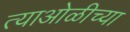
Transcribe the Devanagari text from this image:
त्याओळीच्या